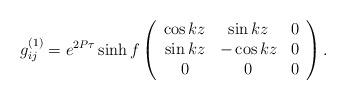
LaTeX: \begin{align*}g^{(1)}_{ij}=e^{2P\tau}\sinh f\left(\begin{array}{ccc}\cos kz & \sin kz&0\\\sin kz&-\cos kz &0\\0&0&0\end{array}\right).\end{align*}